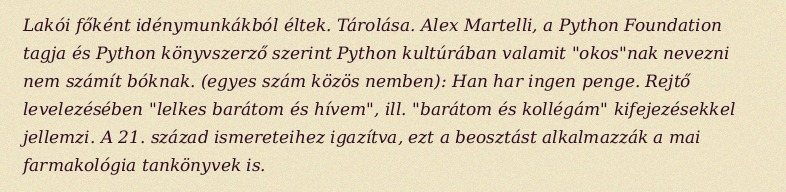
Lakói főként idénymunkákból éltek. Tárolása. Alex Martelli, a Python Foundation tagja és Python könyvszerző szerint Python kultúrában valamit "okos"nak nevezni nem számít bóknak. (egyes szám közös nemben): Han har ingen penge. Rejtő levelezésében "lelkes barátom és hívem", ill. "barátom és kollégám" kifejezésekkel jellemzi. A 21. század ismereteihez igazítva, ezt a beosztást alkalmazzák a mai farmakológia tankönyvek is.